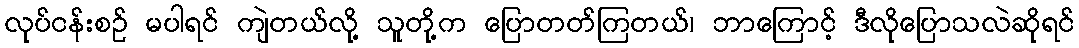
လုပ်ငန်းစဉ် မပါရင် ကျဲတယ်လို့ သူတို့က ပြောတတ်ကြတယ်၊ ဘာကြောင့် ဒီလိုပြောသလဲဆိုရင်